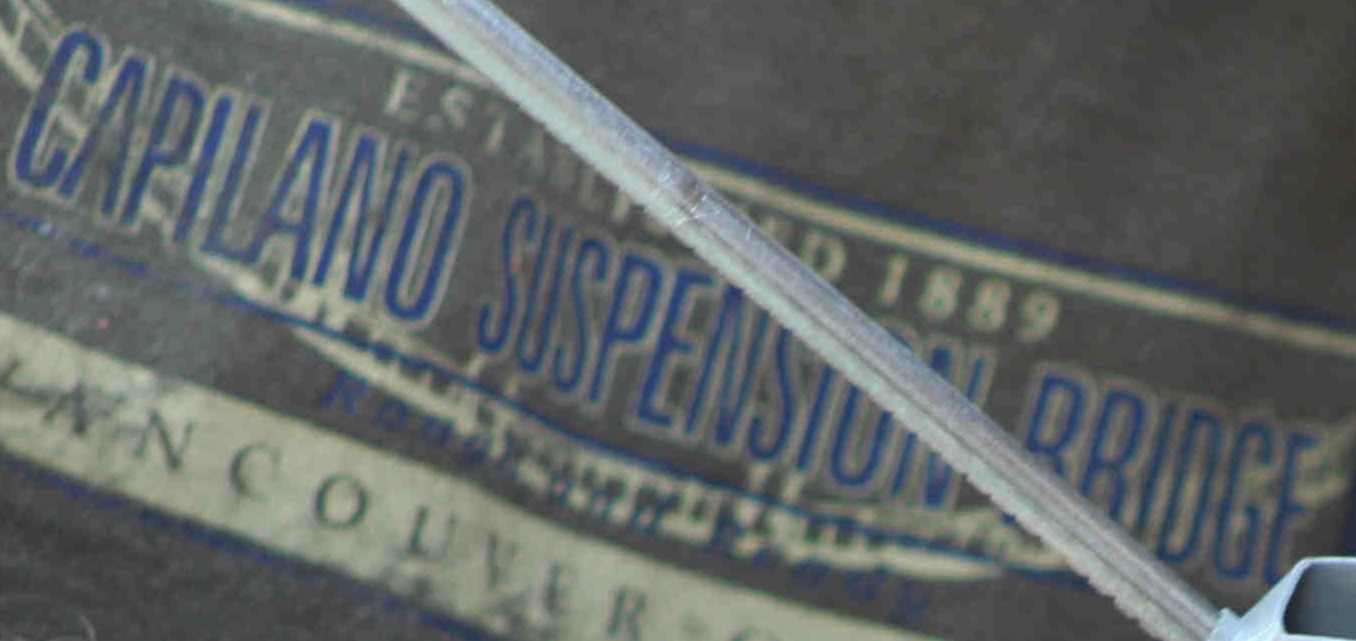
CAPILAND SUSPENSION BRIDGE